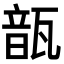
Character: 𩐛